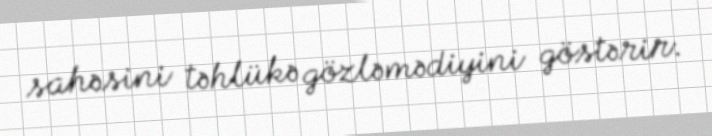
sahəsini təhlükə gözləmədiyini göstərir.